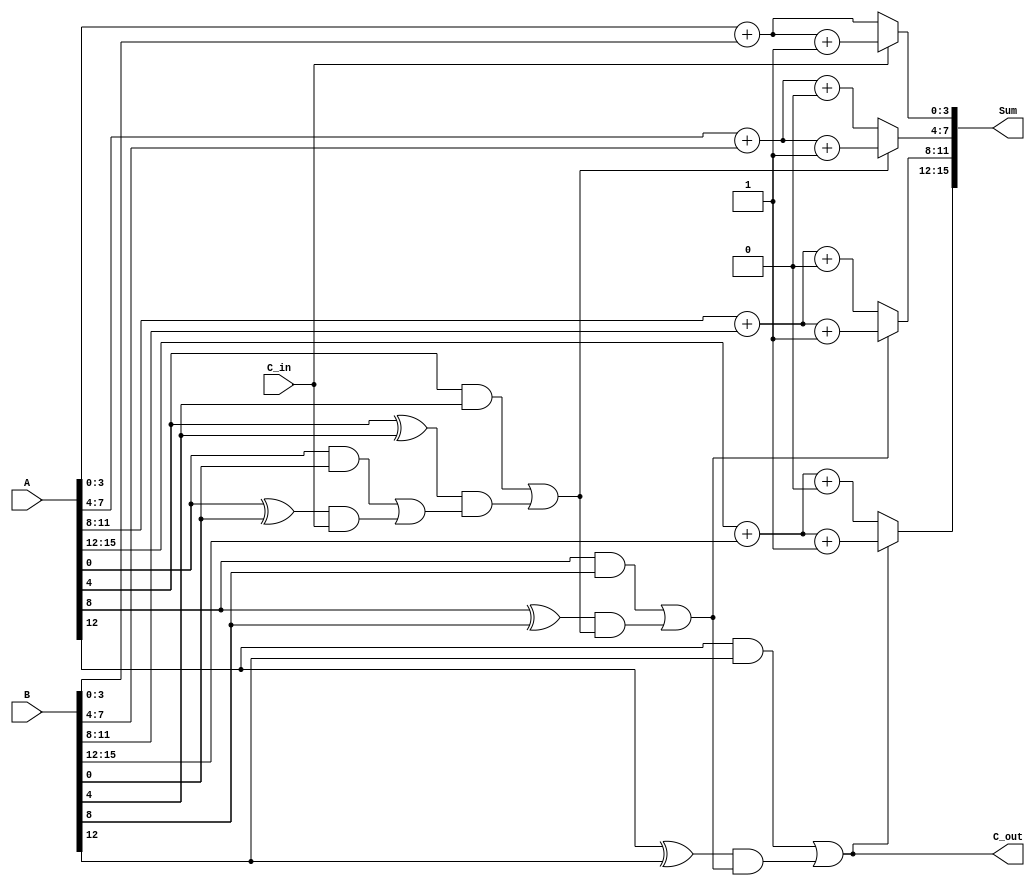
module carry_select_adder (
    input [15:0] A,
    input [15:0] B,
    input C_in,
    output [15:0] Sum,
    output C_out
);

    wire [3:0] Sum0, Sum1, Sum2, Sum3;
    wire C0, C1, C2, C3; // Carry outputs for each segment
    wire G0, G1, G2, G3; // Generate signals for each segment
    wire P0, P1, P2, P3; // Propagate signals for each segment

    // Generate and Propagate for each segment
    assign G0 = A[3:0] & B[3:0];
    assign P0 = A[3:0] ^ B[3:0];

    assign G1 = A[7:4] & B[7:4];
    assign P1 = A[7:4] ^ B[7:4];

    assign G2 = A[11:8] & B[11:8];
    assign P2 = A[11:8] ^ B[11:8];

    assign G3 = A[15:12] & B[15:12];
    assign P3 = A[15:12] ^ B[15:12];

    // Carry Lookahead Logic
    assign C0 = G0 | (P0 & C_in); // Carry for segment 0
    assign C1 = G1 | (P1 & C0);   // Carry for segment 1
    assign C2 = G2 | (P2 & C1);   // Carry for segment 2
    assign C3 = G3 | (P3 & C2);   // Carry for segment 3

    // Sums for C_in = 0
    wire [3:0] Sum0_Cin0 = A[3:0] + B[3:0];
    wire [3:0] Sum1_Cin0 = A[7:4] + B[7:4] + 1'b0;
    wire [3:0] Sum2_Cin0 = A[11:8] + B[11:8] + 1'b0;
    wire [3:0] Sum3_Cin0 = A[15:12] + B[15:12] + 1'b0;

    // Sums for C_in = 1
    wire [3:0] Sum0_Cin1 = A[3:0] + B[3:0] + 1'b1;
    wire [3:0] Sum1_Cin1 = A[7:4] + B[7:4] + 1'b1;
    wire [3:0] Sum2_Cin1 = A[11:8] + B[11:8] + 1'b1;
    wire [3:0] Sum3_Cin1 = A[15:12] + B[15:12] + 1'b1;

    // Multiplexers to select the correct sum based on C_in
    assign Sum[3:0]   = C_in ? Sum0_Cin1 : Sum0_Cin0;
    assign Sum[7:4]   = C1 ? Sum1_Cin1 : Sum1_Cin0;
    assign Sum[11:8]  = C2 ? Sum2_Cin1 : Sum2_Cin0;
    assign Sum[15:12] = C3 ? Sum3_Cin1 : Sum3_Cin0;

    // Final carry-out
    assign C_out = C3;

endmodule